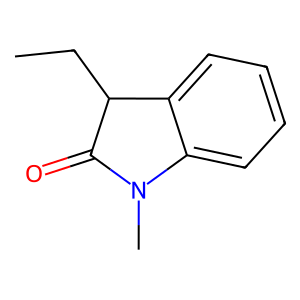
SMILES: CCC1C(=O)N(C)c2ccccc21
Inhibits HIV replication: No